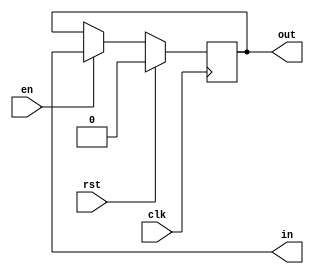
`timescale 1ns / 1ps
//////////////////////////////////////////////////////////////////////////////////
// Company: 
// Engineer: 
// 
// Design Name: 
// Module Name: register
// Project Name: 
// Target Devices: 
// Tool Versions: 
// Description: 
// 
// Dependencies: 
// 
// Revision:
// Revision 0.01 - File Created
// Additional Comments:
// 
//////////////////////////////////////////////////////////////////////////////////


module register(
input clk,rst,en,
output reg in,out
    );
    always @(posedge clk) begin
        if(rst)
           out<=0;
        else if(en)
            out<=in;
    end
endmodule